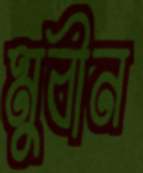
মুবীন